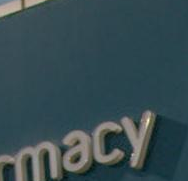
macy